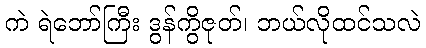
ကဲ ရဲဘော်ကြီး ဒွန်ကွိဇုတ်၊ ဘယ်လိုထင်သလဲ